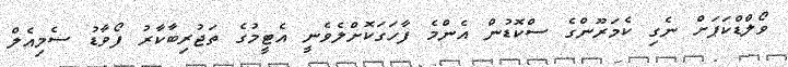
ވޯލްޑްކަޕަށް ނެގި ކެމަރޫންގެ ސްކޮޑުން އެންމެ ފާހަގަކޮށްލެވެނީ އެޓީމުގެ ތަޖުރިބާކާރު ފޯވާޑު ސެމިއެލް